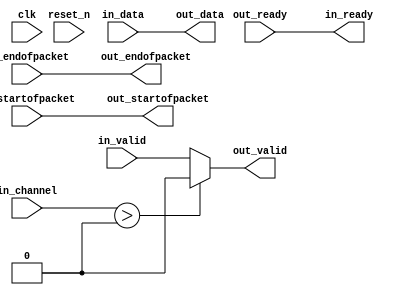
module soc_system_master_secure_b2p_adapter (
    
      // Interface: clk
      input              clk,
      // Interface: reset
      input              reset_n,
      // Interface: in
      output reg         in_ready,
      input              in_valid,
      input      [ 7: 0] in_data,
      input      [ 7: 0] in_channel,
      input              in_startofpacket,
      input              in_endofpacket,
      // Interface: out
      input              out_ready,
      output reg         out_valid,
      output reg [ 7: 0] out_data,
      output reg         out_startofpacket,
      output reg         out_endofpacket
);


   reg          out_channel;

   // ---------------------------------------------------------------------
   //| Payload Mapping
   // ---------------------------------------------------------------------
   always @* begin
      in_ready = out_ready;
      out_valid = in_valid;
      out_data = in_data;
      out_startofpacket = in_startofpacket;
      out_endofpacket = in_endofpacket;

      out_channel = in_channel       ;
      // Suppress channels that are higher than the destination's max_channel.
      if (in_channel > 0) begin
         out_valid = 0;
         // Simulation Message goes here.
      end
   end

endmodule